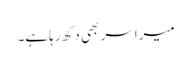
میرا سر بھی دکھ رہا ہے۔